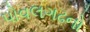
પોવલગઢનો